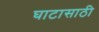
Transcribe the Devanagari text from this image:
घाटासाठी